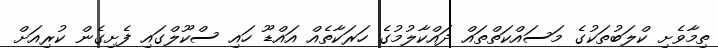
ތިމާވެށި ކްލަބުތަކުގެ މަސައްކަތްތައް ދައްކާލުމުގެ ހަރަކާތެއް އައްޑޫ ހައި ސްކޫލްގައި ފެށިގެން ކުރިއަށް